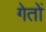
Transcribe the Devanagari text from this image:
गेतों